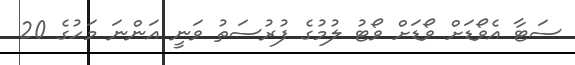
ސަޓާ އެވޯޑަށް ވޯޑަށް ވޯޓު ލުމުގެ ފުރުސަތު ވަނީ އަންނަ މަހުގެ 20